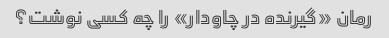
رمان «گیرنده در چاودار» را چه کسی نوشت؟